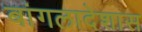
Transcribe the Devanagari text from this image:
बांगलादेशास